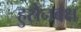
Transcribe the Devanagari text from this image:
हुसेनबक्ष